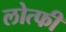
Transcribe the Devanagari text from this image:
लोत्फी